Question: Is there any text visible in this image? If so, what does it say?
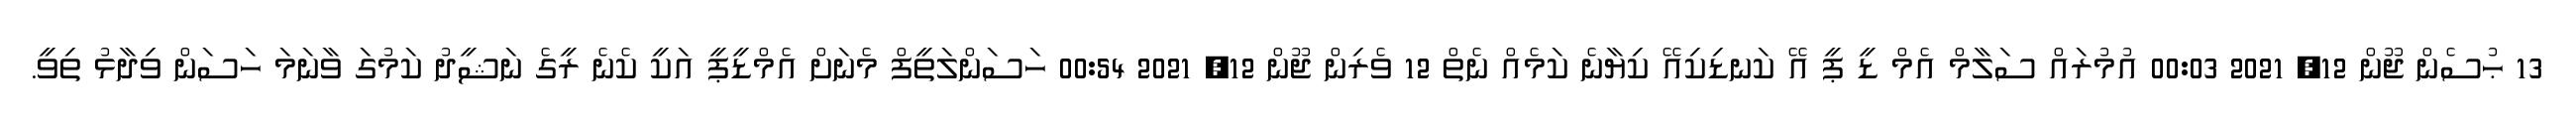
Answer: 13 ޙުސެން ޖޫން 12, 2021 00:03 އުމުރައް ސަލާމް އެމް ޑީ ޕީ އޭ ކަނޑިކިއޭ ކިޔާނެ ކަމެއް ނެތް 12 ވެރިން ޖޫން 12, 2021 00:54 ހަސަންލަތީފް މެނަށް އެމްޑީޕީ އަކީ ކެނެ ރީގެ ނަޝީދު ކަމުގަ ވާނަމަ ހަސަން ވިދާޅު ތިވީ.